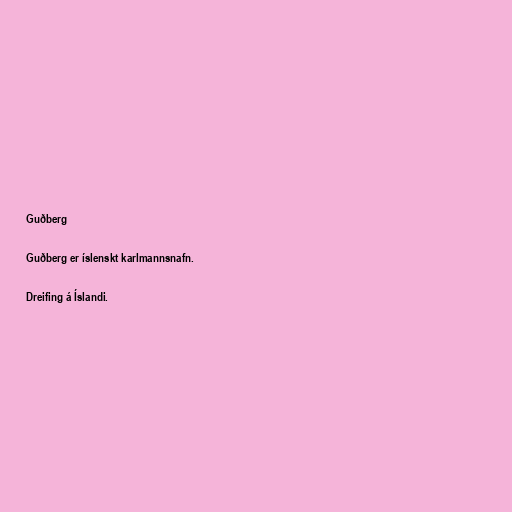
Guðberg

Guðberg er íslenskt karlmannsnafn.

Dreifing á Íslandi.